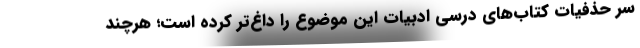
سر حذفیات کتاب‌های درسی ادبیات این موضوع را داغ‌تر کرده است؛ هرچند